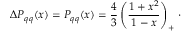
\Delta P _ { q q } ( x ) = P _ { q q } ( x ) = { \frac { 4 } { 3 } } \left( { \frac { 1 + x ^ { 2 } } { 1 - x } } \right) _ { + } \, \cdot